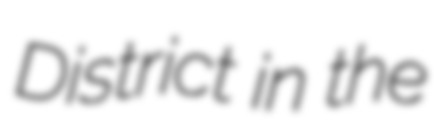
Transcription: District in the